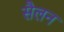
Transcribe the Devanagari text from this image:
सैलन